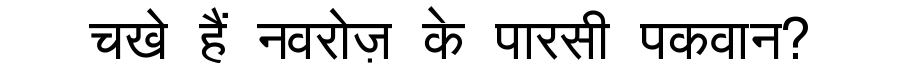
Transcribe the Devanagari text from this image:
चखे हैं नवरोज़ के पारसी पकवान?